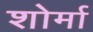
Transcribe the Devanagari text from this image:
शोर्मा